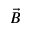
\vec { B }